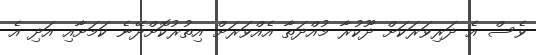
ވެސް އެ ދަރިވަރަކަށް ދޫކުރާ މުއްދަތާ އެއްވަރަށް އިތުރުކޮށްދޭނެ ކަމަށާއި އަދި އެ